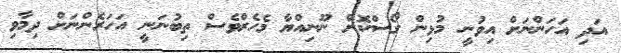
އަދި އަހަންނަށް އިވުނީ މުޅިން ގޯސްކޮށް ނޫނިއްޔާ މެހެރްވެސް ތިބުނަނީ އަހަރެންނަށް ދިމާވި